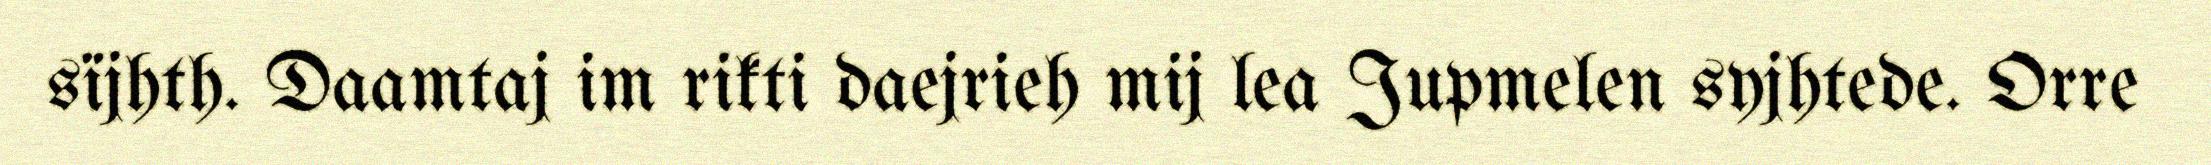
sïjhth. Daamtaj im rikti daejrieh mij lea Jupmelen syjhtede. Orre